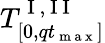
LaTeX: T_{[0,qt_{\mathrm{~m~a~x~}}]}^{\mathrm{~I~,~I~I~}}